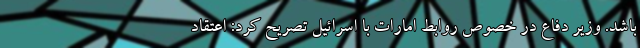
باشد. وزیر دفاع در خصوص روابط امارات با اسرائیل تصریح کرد: اعتقاد